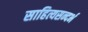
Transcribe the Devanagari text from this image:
साहित्यसन्दर्भ